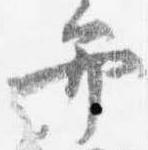
弁